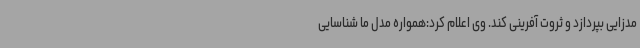
مدزایی بپردازد و ثروت آفرینی کند. وی اعلام کرد:همواره مدل ما شناسایی